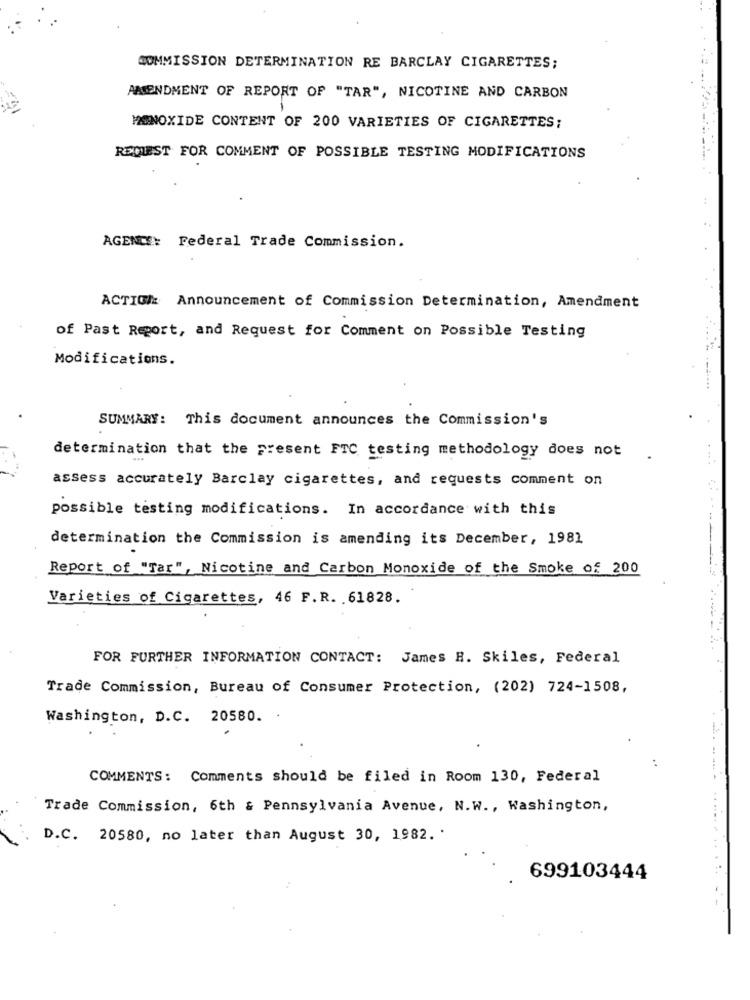
COMMISSION DETERMINATION RE BARCLAY CIGARETTES;
AMENDMENT OF REPORT OF "TAR", NICOTINE AND CARBON
MONOXIDE CONTENT OF 200 VARIETIES OF CIGARETTES;
REMEST FOR COMMENT OF POSSIBLE TESTING MODIFICATIONS
AGENTE: Federal Trade Commission.
ACTION: Announcement of Commission Determination, Amendment
of Past Report, and Request for Comment on Possible Testing
Modifications.
SUMMARY: This document announces the Commission's
determination that the present FTC testing methodology does not
assess accurately Barclay cigarettes, and requests comment on
possible testing modifications. In accordance with this
determination the Commission is amending its December, 1981
Report of "Tar", Nicotine and Carbon Monoxide of the Smoke of 200
Varieties of Cigarettes, 46 F.R. 61828.
FOR FURTHER INFORMATION CONTACT: James H. Skiles, Federal
Trade Commission, Bureau of Consumer Protection, (202) 724-1508,
Washington, D.C. 20580. .
COMMENTS: Comments should be filed in Room 130, Federal
Trade Commission, 6th & Pennsylvania Avenue, N.W ., Washington,
D.C. 20580, no later than August 30, 1982. '
699103444